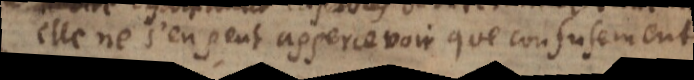
elle ne s’en peut appercevoir que confusement.